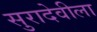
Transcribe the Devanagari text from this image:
सुरादेवीला